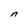
Character: n